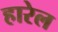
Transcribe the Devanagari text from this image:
हारेल